Indian journal of veterinary science and animal husbandry - Volume 11,
Year: 1941
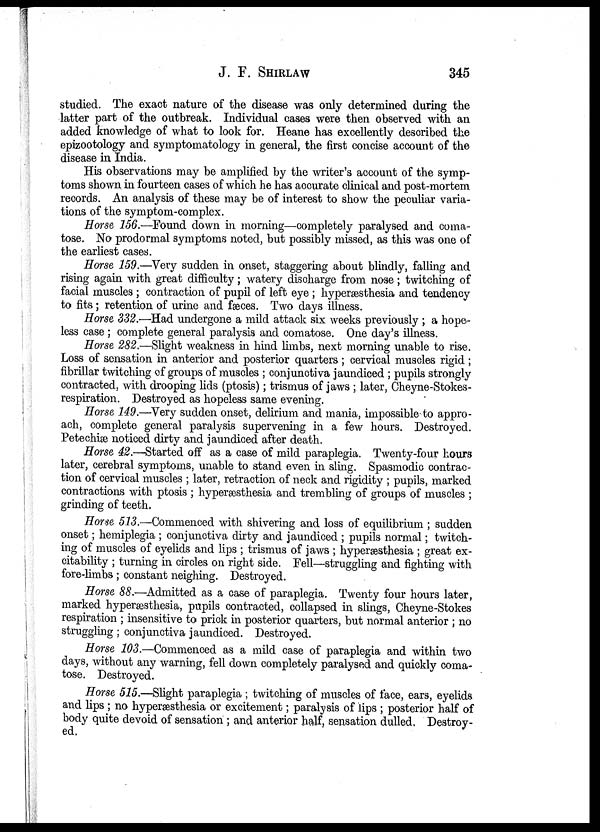
J. F.
SHIRLAW
345
studied. The exact nature of the disease was only determined during the
latter part of the outbreak. Individual cases were then observed with an
added knowledge of what to look for. Heane has excellently described the
epizootology and symptomatology in general, the first concise account of the
disease in India.
His observations may be amplified by the writer's account of the symp-
toms shown in fourteen cases of which he has accurate clinical and post-mortem
records. An analysis of these may be of interest to show the peculiar varia-
tions of the symptom-complex.
Horse 156.—Found down in morning—completely paralysed and coma-
tose. No prodormal symptoms noted, but possibly missed, as this was one of
the earliest cases.
Horse 159.—Very sudden in onset, staggering about blindly, falling and
rising again with great difficulty; watery discharge from nose; twitching of
facial muscles ; contraction of pupil of left eye ; hyperæsthesia and tendency
to fits; retention of urine and fæces. Two days illness.
Horse 332.—Had undergone a mild attack six weeks previously ; a hope-
less case ; complete general paralysis and comatose. One day's illness.
Horse 282.—Slight weakness in hind limbs, next morning unable to rise.
Loss of sensation in anterior and posterior quarters; cervical muscles rigid;
fibrillar twitching of groups of muscles ; conjunctiva jaundiced ; pupils strongly
contracted, with drooping lids (ptosis); trismus of jaws ; later, Cheyne-Stokes¬
respiration. Destroyed as hopeless same evening.
Horse 149.—Very sudden onset, delirium and mania, impossible to appro-
ach, complete general paralysis supervening in a few hours. Destroyed.
Petechiæ noticed dirty and jaundiced after death.
Horse 42.—Started off as a case of mild paraplegia. Twenty-four hours
later, cerebral symptoms, unable to stand even in sling. Spasmodic contrac-
tion of cervical muscles ; later, retraction of neck and rigidity ; pupils, marked
contractions with ptosis ; hyperæsthesia and trembling of groups of muscles ;
grinding of teeth.
Horse 513.—Commenced with shivering and loss of equilibrium ; sudden
onset; hemiplegia ; conjunctiva dirty and jaundiced ; pupils normal; twitch-
ing of muscles of eyelids and lips ; trismus of jaws ; hyperæsthesia ; great ex-
citability ; turning in circles on right side. Fell—struggling and fighting with
fore-limbs; constant neighing. Destroyed.
Horse 88.—Admitted as a case of paraplegia. Twenty four hours later,
marked hyperæsthesia, pupils contracted, collapsed in slings, Cheyne-Stokes
respiration ; insensitive to prick in posterior quarters, but normal anterior ; no
struggling ; conjunctiva jaundiced. Destroyed.
Horse 103.—Commenced as a mild case of paraplegia and within two
days, without any warning, fell down completely paralysed and quickly coma-
tose. Destroyed.
Horse 515.—Slight paraplegia ; twitching of muscles of face, ears, eyelids
and lips ; no hyperæsthesia or excitement; paralysis of lips ; posterior half of
body quite devoid of sensation ; and anterior half, sensation dulled. Destroy-
ed.